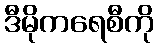
ဒီမိုကရေစီကို